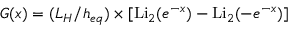
G ( x ) = ( L _ { H } / h _ { e q } ) \times [ \mathrm { L i } _ { 2 } ( e ^ { - x } ) - \mathrm { L i } _ { 2 } ( - e ^ { - x } ) ]